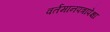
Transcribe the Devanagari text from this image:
वर्तमानपत्रांपेक्षा